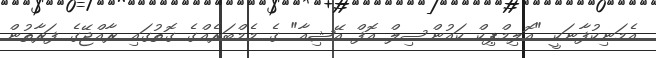
އެމަނިކުފާނަކީ "އޮލިމްޕިކް ކައުންސިލް އޮފް އޭޝިއާ" ގެ މެމްބަރެއްގެ ގޮތުގައި ރާއްޖޭގެ ފަރާތުން